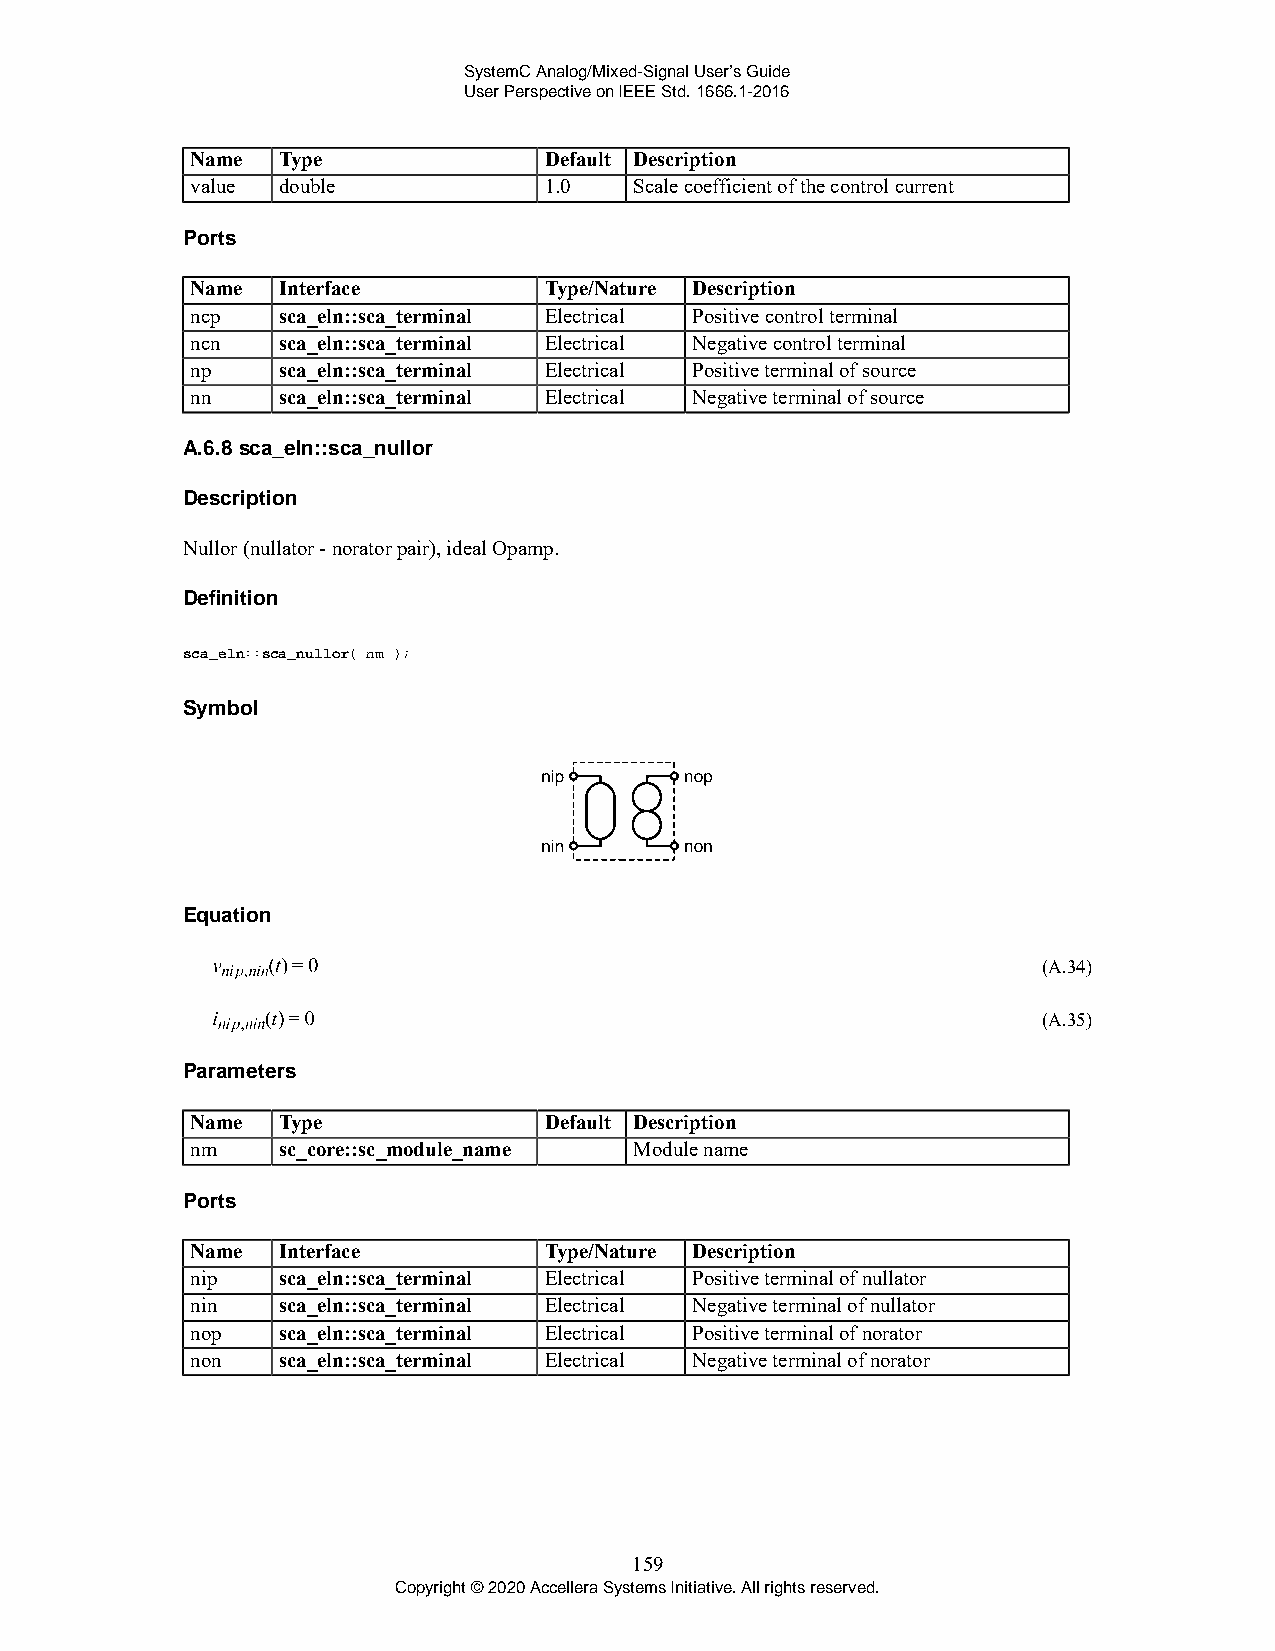
SystemC Analog/Mixed-Signal User’s Guide
 User Perspective on IEEE Std. 1666.1-2016
 Name Type              Default Description
 value double           1.0   Scale coefficient of the control current
 Ports
 Name Interface         Type/Nature Description
 ncp  sca_eln::sca_terminal Electrical Positive control terminal
 ncn  sca_eln::sca_terminal Electrical Negative control terminal
 np   sca_eln::sca_terminal Electrical Positive terminal of source
 nn   sca_eln::sca_terminal Electrical Negative terminal of source
 A.6.8 sca_eln::sca_nullor
 Description
 Nullor (nullator - norator pair), ideal Opamp.
 Definition
 sca_eln::sca_nullor( nm );
 Symbol
 Equation
 (A.34)
 (A.35)
 Parameters
 Name Type              Default Description
 nm   sc_core::sc_module_name Module name
 Ports
 Name Interface         Type/Nature Description
 nip  sca_eln::sca_terminal Electrical Positive terminal of nullator
 nin  sca_eln::sca_terminal Electrical Negative terminal of nullator
 nop  sca_eln::sca_terminal Electrical Positive terminal of norator
 non  sca_eln::sca_terminal Electrical Negative terminal of norator
 159
 Copyright © 2020 Accellera Systems Initiative. All rights reserved.